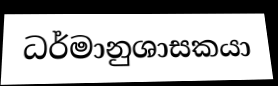
ධර්මානුශාසකයා